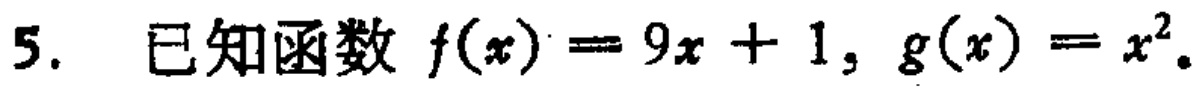
5. 已知函数 \(f(x)=9x + 1\), \(g(x)=x^{2}\).